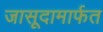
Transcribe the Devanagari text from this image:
जासूदामार्फत